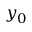
y _ { 0 }